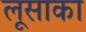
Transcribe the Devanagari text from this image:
लूसाका